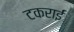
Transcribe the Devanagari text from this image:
टकराईं